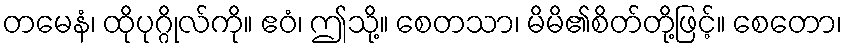
တမေနံ၊ ထိုပုဂ္ဂိုလ်ကို။ ဧဝံ၊ ဤသို့။ စေတသာ၊ မိမိ၏စိတ်တို့ဖြင့်။ စေတော၊